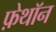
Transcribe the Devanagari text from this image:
फ़ेथॉन